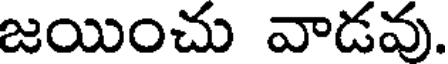
జయించు వాడవు.